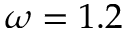
\omega = 1 . 2